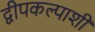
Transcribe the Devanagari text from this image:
द्वीपकल्पाशी